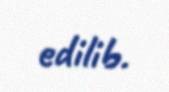
edilib.